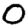
Digit: 0